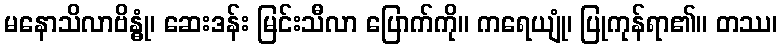
မနောသိလာဗိန္ဓုံ၊ ဆေးဒန်း မြင်းသီလာ ပြောက်ကို။ ကရေယျုံ၊ ပြုကုန်ရာ၏။ တဿ၊